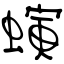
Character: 螾